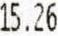
15.26